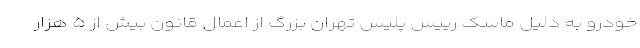
خودرو به دلیل ماسک رییس پلیس تهران بزرگ از اعمال قانون بیش از ۵ هزار